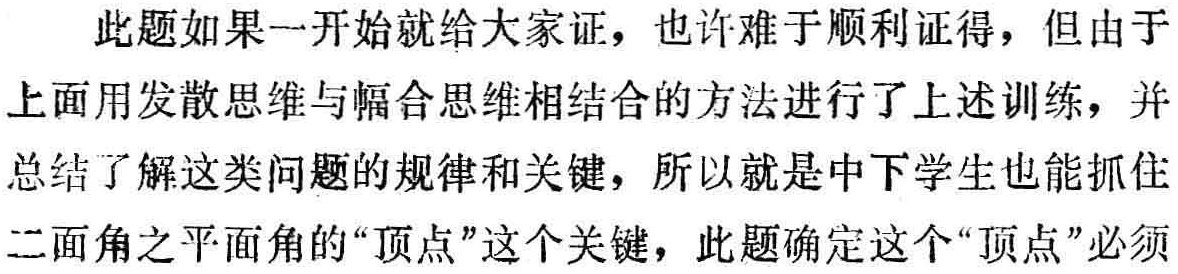
此题如果一开始就给大家证，也许难于顺利证得，但由于

上面用发散思维与幅合思维相结合的方法进行了上述训练，并

总结了解这类问题的规律和关键，所以就是中下学生也能抓住

二面角之平面角的“顶点”这个关键，此题确定这个“顶点”必须